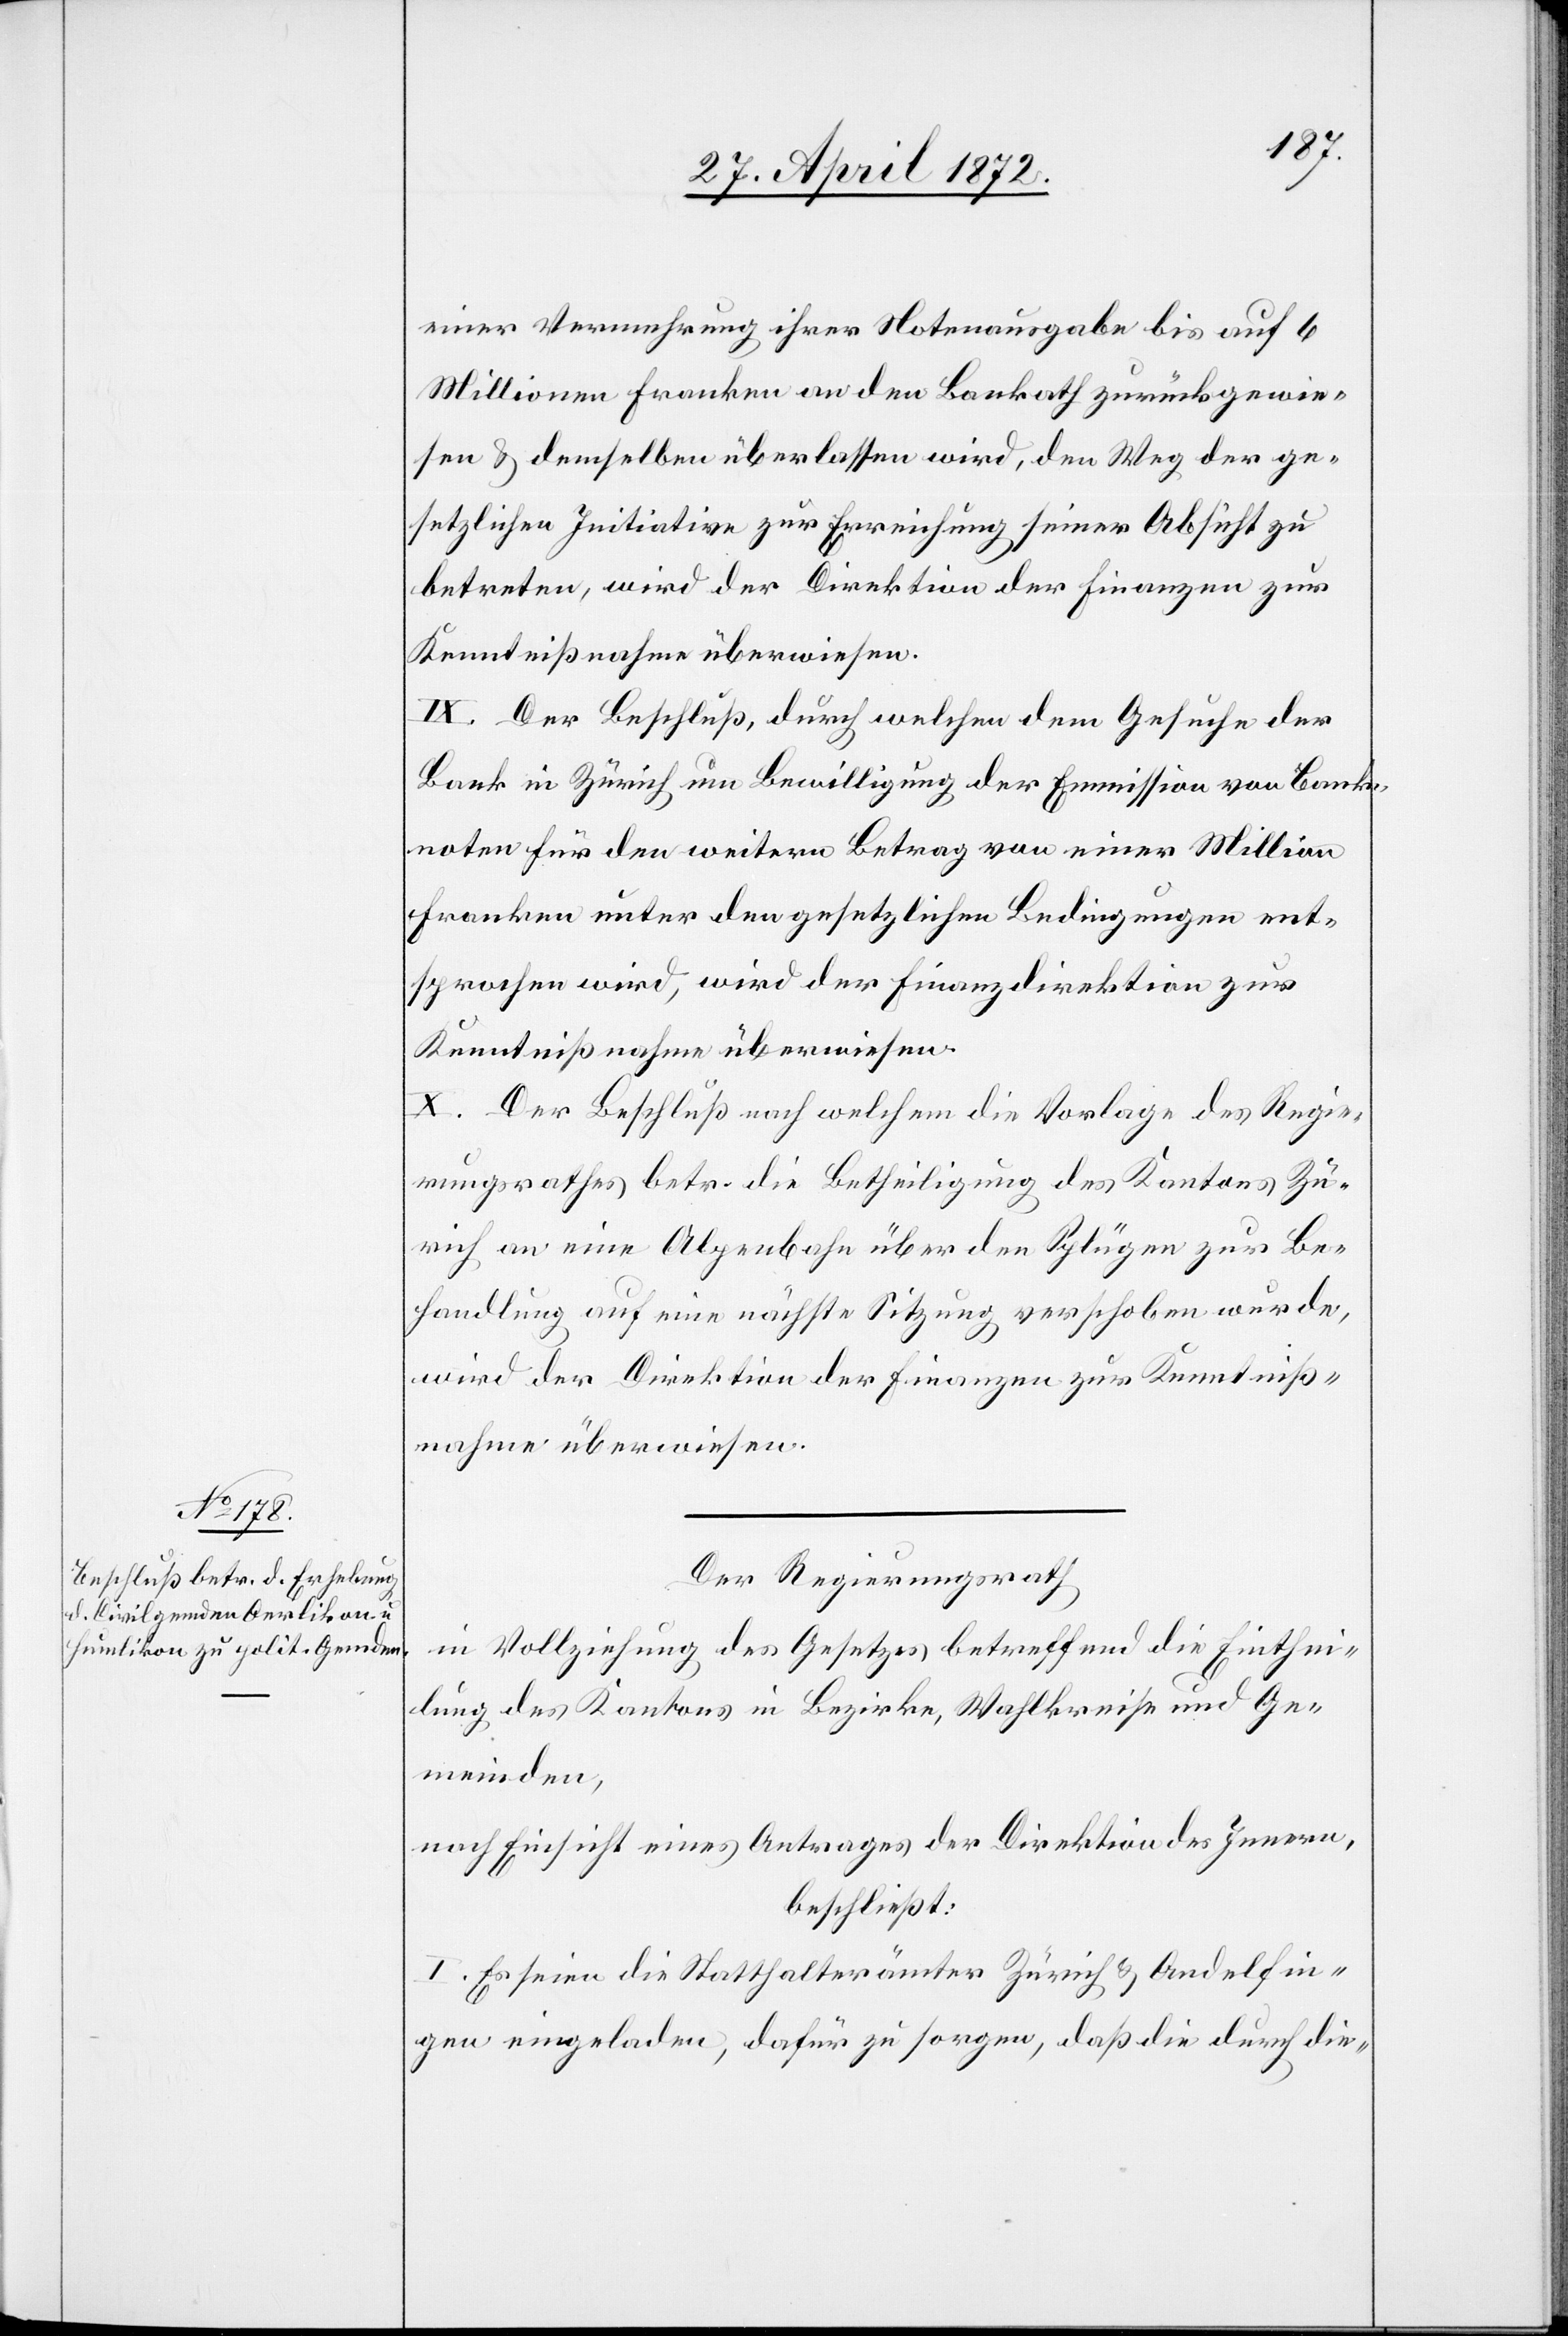
einer Vermehrung ihrer Notenausgabe bis auf 6
Millionen Franken an den Bankrath zurückgewie¬
sen u. demselben überlassen wird, den Weg der ge¬
setzlichen Initiative zur Erreichung seiner Absicht zu
betreten, wird der Direktion der Finanzen zur
Kenntnißnahme überwiesen.
IX. Der Beschluß, durch welchen dem Gesuche der
Bank in Zürich um Bewilligung der Emmission [sic!] von Ban¬
knoten für den weitern Betrag von einer Million
Franken unter den gesetzlichen Bedingungen ent¬
sprochen wird, wird der Finanzdirektion zur
X. Der Beschluß nach welchem die Vorlage des Regie¬
rungsrathes betr. die Betheiligung des Kantons Zü¬
rich an eine Alpenbahn über den Splügen zur Be¬
handlung auf eine nächste Sitzung verschoben wurde,
wird der Direktion der Finanzen zur Kenntniß¬
nahme überwiesen.
Der Regierungsrath[,]
in Vollziehung des Gesetzes betreffend die Einthei¬
lung des Kantons in Bezirke, Wahlkreise und Ge¬
meinden,
nach Einsicht eines Antrages der Direktion des Innern,
beschließt:
I. Es seien die Statthalterämter Zürich u. Andelfin¬
gen eingeladen, dafür zu sorgen, daß die durch die-